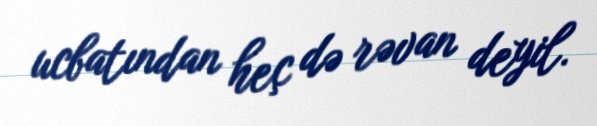
ucbatından heç də rəvan deyil.